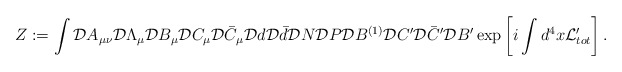
\begin{align*}Z := \int {\cal D}A_{\mu\nu} {\cal D}\Lambda_\mu {\cal D}B_\mu{\cal D}C_\mu {\cal D}\bar C_\mu {\cal D}d {\cal D}\bar d {\cal D}N {\cal D}P {\cal D}B^{(1)}{\cal D}C'{\cal D}\bar C' {\cal D}B'\exp \left[ i \int d^4x {\cal L}_{tot}' \right] .\end{align*}